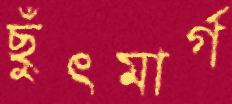
ছুঁৎমার্গ